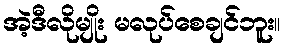
အဲ့ဒီလိုမျိုး မလုပ်စေချင်ဘူး။